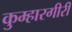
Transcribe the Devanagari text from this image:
कुम्हारगीरी